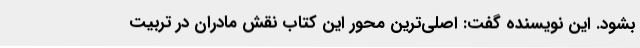
بشود. این نویسنده گفت: اصلی‌ترین محور این کتاب نقش مادران در تربیت